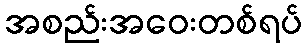
အစည်းအဝေးတစ်ရပ်